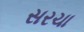
સરચા